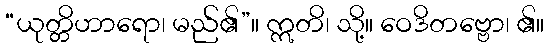
“ယုတ္တိဟာရော၊ မည်၏”။ ဣတိ၊ သို့။ ဝေဒိတဗ္ဗော၊ ၏။